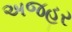
અજહર